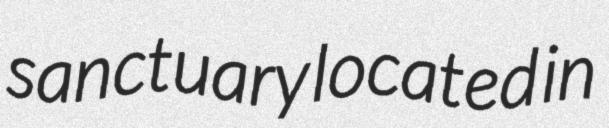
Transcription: sanctuary located in